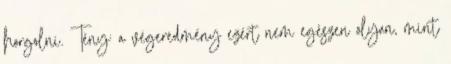
horgolni. Tény: a végeredmény ezért nem egészen olyan, mint